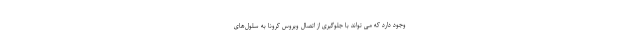
وجود دارد که می تواند با جلوگیری از اتصال ویروس کرونا به سلول‌های